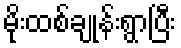
မိုးထစ်ချုန်းရွာပြီး